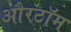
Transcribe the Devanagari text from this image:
औरटॉम